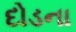
દોડના